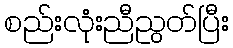
စည်းလုံးညီညွတ်ပြီး